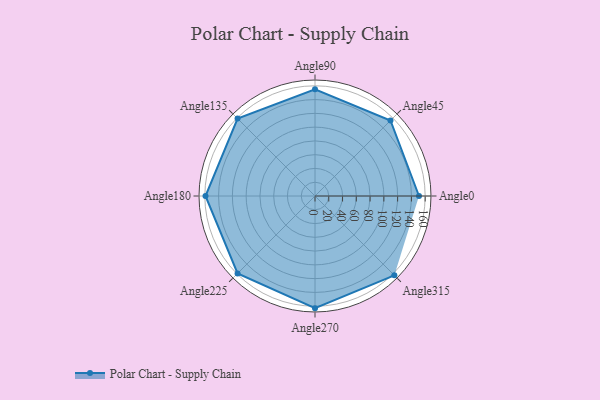
{"axis": {"x": "Angle", "y": "Radius"}, "legend": [""], "data": [{"x": "Angle0", "y": 151.0, "type": ""}, {"x": "Angle45", "y": 155.0, "type": ""}, {"x": "Angle90", "y": 155.0, "type": ""}, {"x": "Angle135", "y": 159.0, "type": ""}, {"x": "Angle180", "y": 159.0, "type": ""}, {"x": "Angle225", "y": 159.0, "type": ""}, {"x": "Angle270", "y": 163.0, "type": ""}, {"x": "Angle315", "y": 163.0, "type": ""}]}